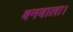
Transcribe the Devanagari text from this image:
बनवाला।